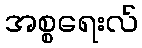
အစ္စရေးလ်